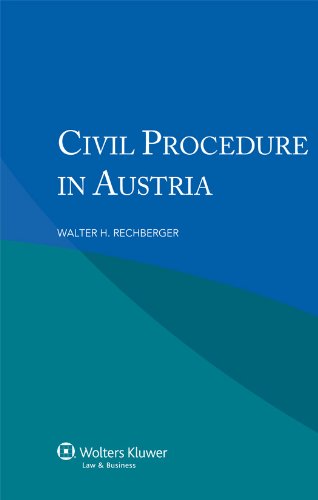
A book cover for Civil Procedure in Austria; Walter H. Rechberger; Law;